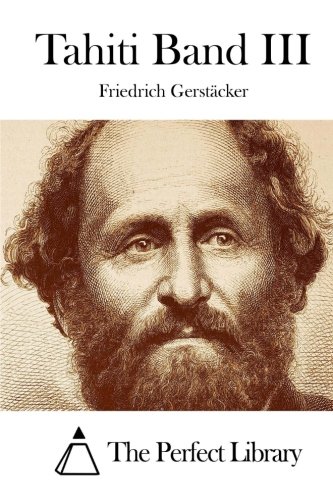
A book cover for Tahiti Band III (German Edition); Friedrich GerstÃ¤cker; Travel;